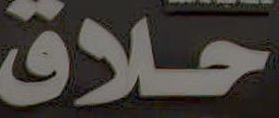
حلاق